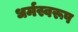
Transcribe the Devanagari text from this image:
धर्मस्वरूप